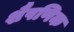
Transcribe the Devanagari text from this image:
शैषणिक